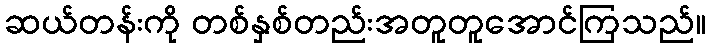
ဆယ်တန်းကို တစ်နှစ်တည်းအတူတူအောင်ကြသည်။